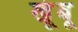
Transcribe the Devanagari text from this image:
खूंबू